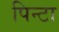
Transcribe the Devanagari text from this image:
पिन्टा